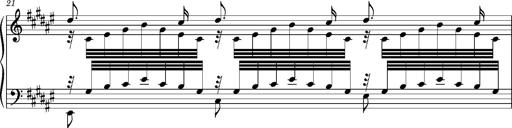
Title: Cavatine de Robert le Diable
Composer: Franz Liszt
Key: F-sharp minor